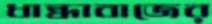
ধান্ধাবাজের